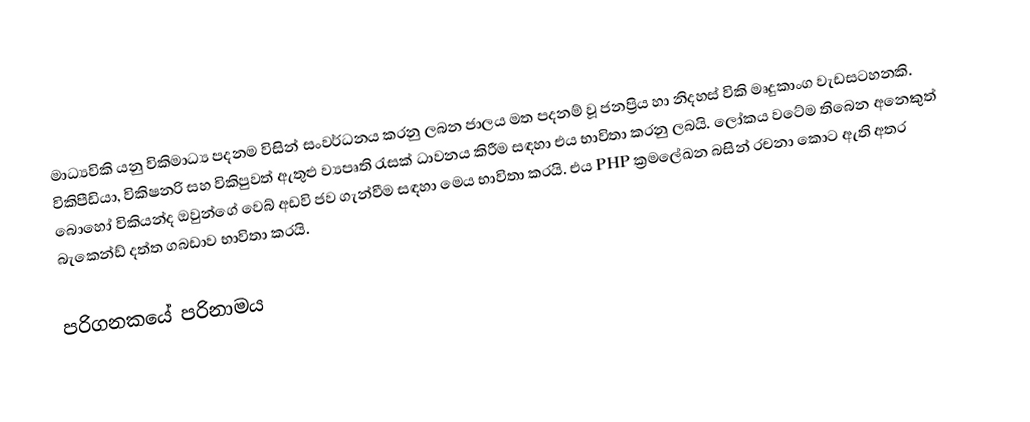
මාධ්‍යවිකි යනු විකිමාධ්‍ය පදනම විසින් සංවර්ධනය කරනු ලබන ජාලය මත පදනම් වූ ජනප්‍රිය හා නිදහස් විකි මෘදුකාංග වැඩසටහනකි. විකිපීඩියා, විකිෂනරි සහ විකිපුවත් ඇතුළු ව්‍යපෘති රැසක් ධාවනය කිරීම සඳහා එය භාවිතා කරනු ලබයි. ලෝකය වටේම තිබෙන අනෙකුත් බොහෝ විකියන්ද ඔවුන්ගේ වෙබ් අඩවි ජව ගැන්වීම සඳහා මෙය භාවිතා කරයි. එය PHP ක්‍රමලේඛන බසින් රචනා කොට ඇති අතර බැකෙන්ඩ් දත්ත ගබඩාව භාවිතා කරයි.

පරිගනකයේ පරිනාමය